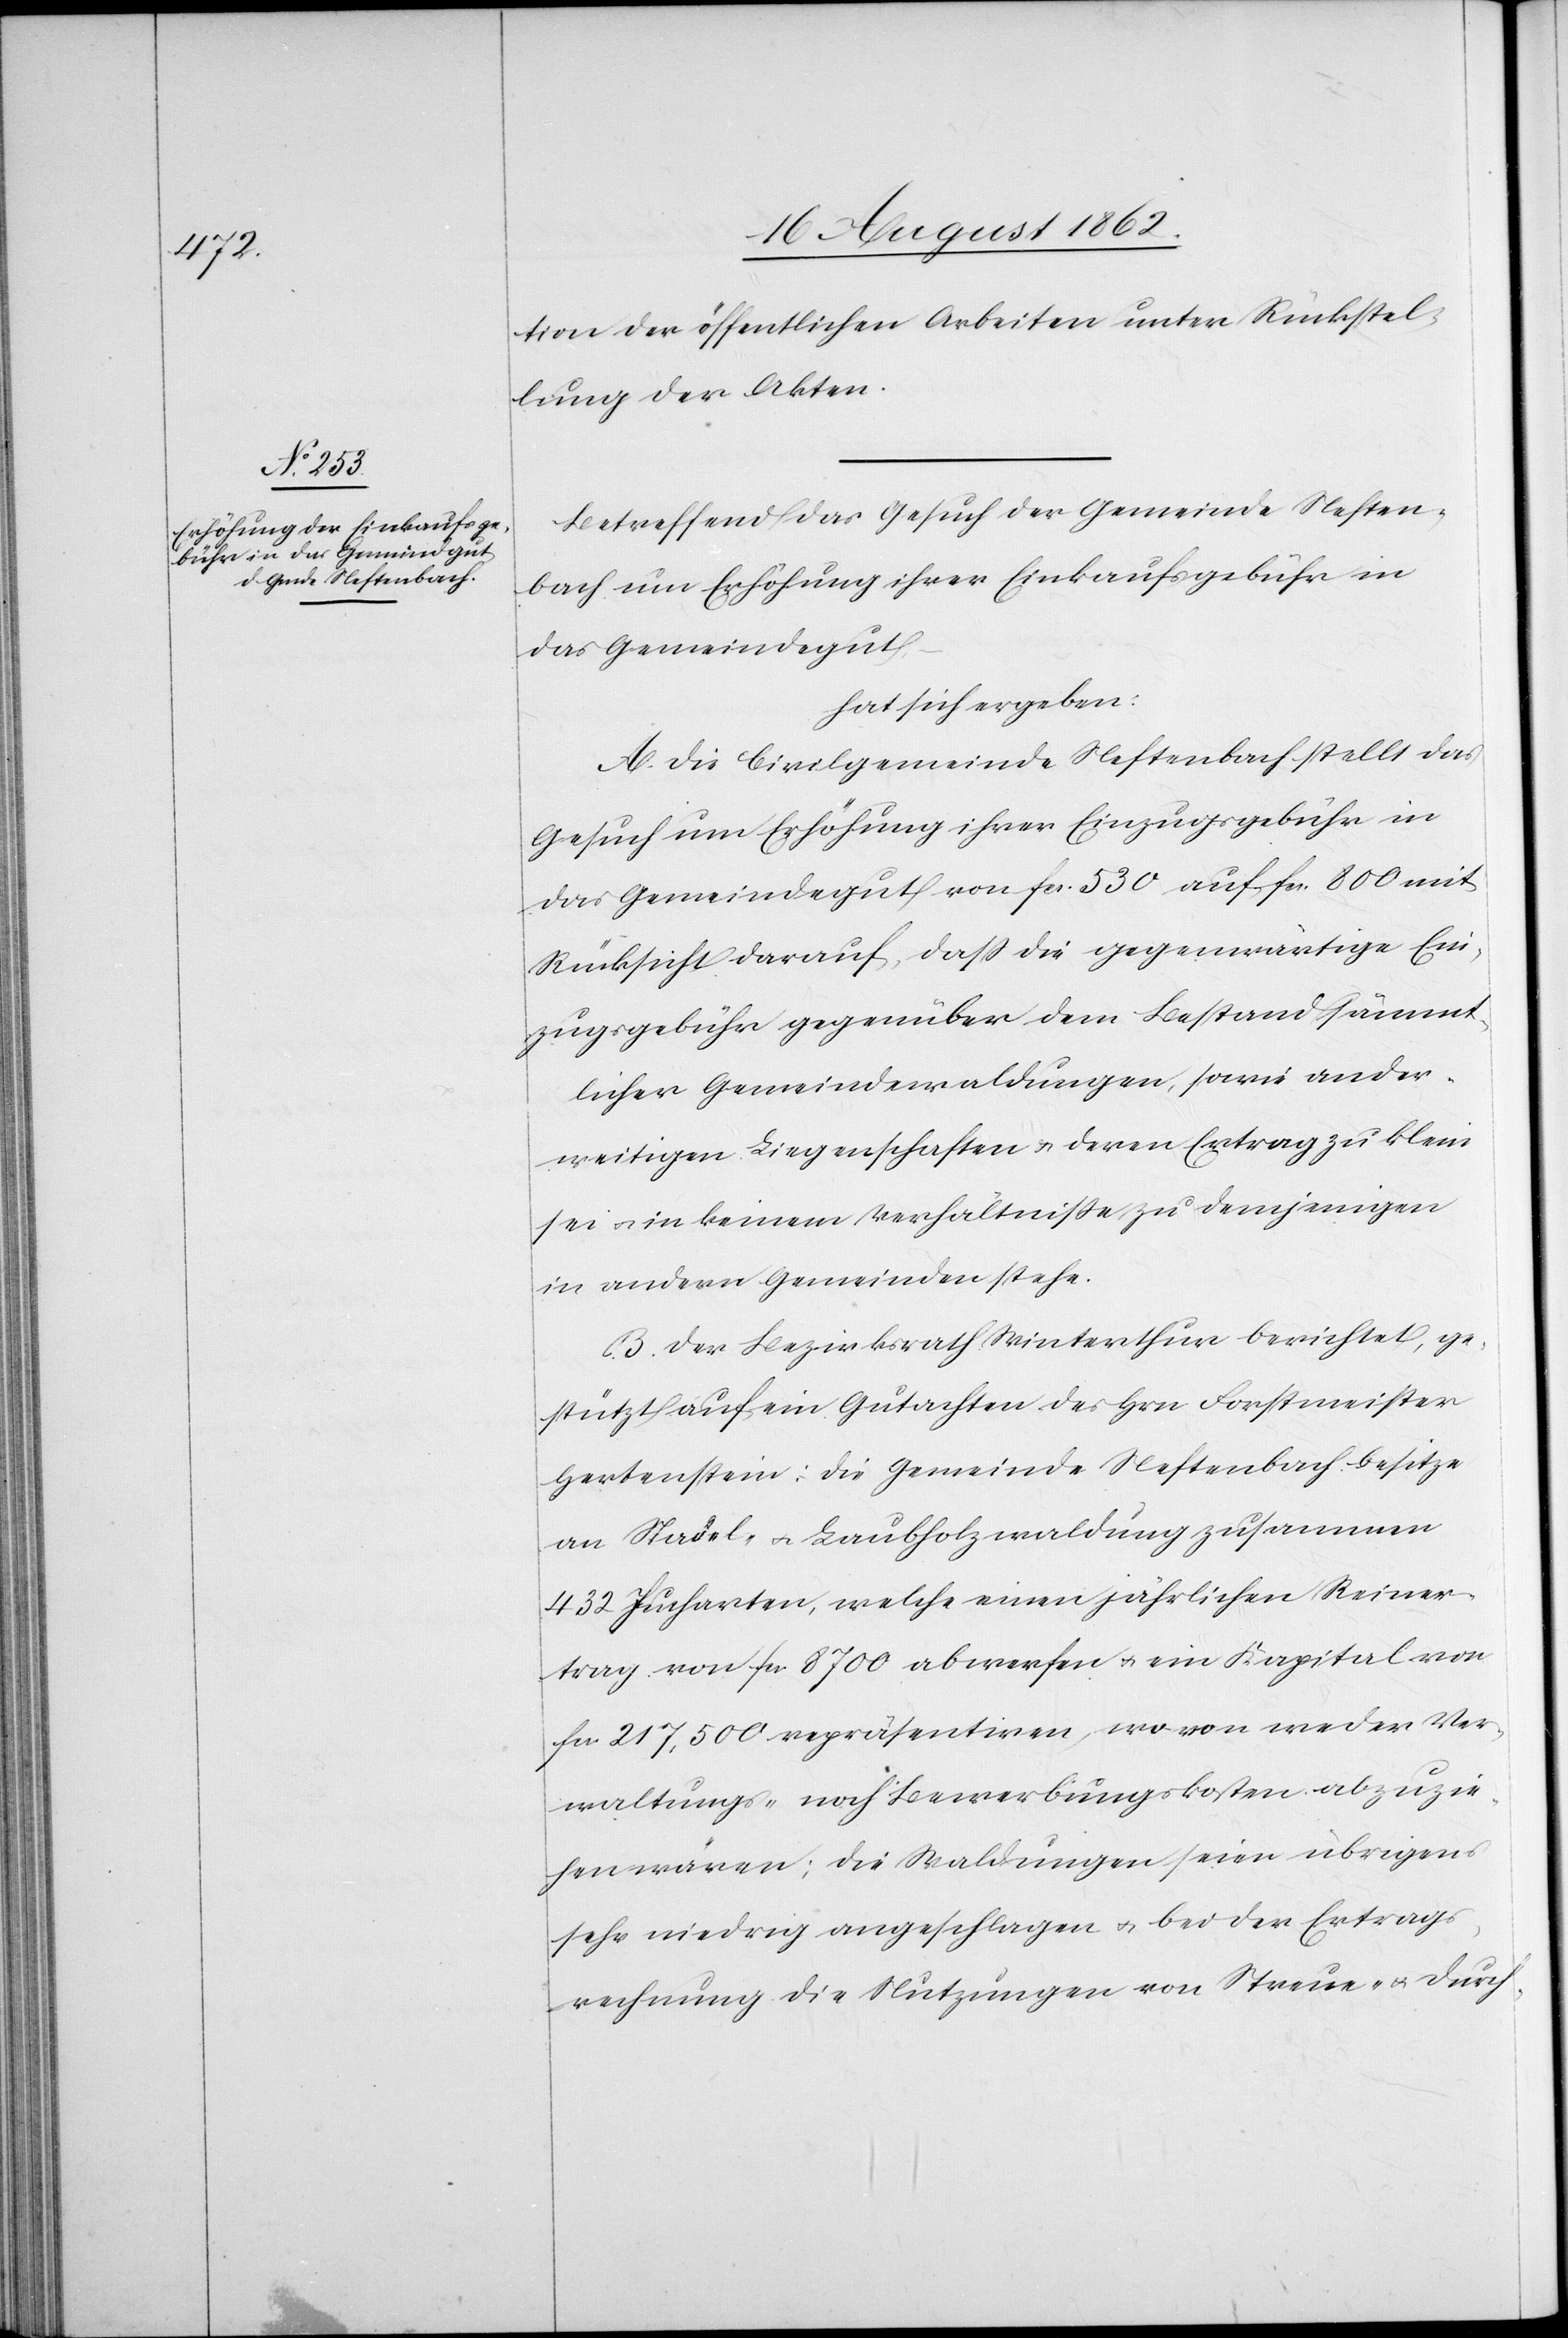
tion der öffentlichen Arbeiten unter Rückstel¬
lung der Akten.
Betreffend das Gesuch der Gemeinde Neften¬
bach um Erhöhung ihrer Einkaufsgebühr in
das Gemeindegut
hat sich ergeben:
A. Die Civilgemeinde Neftenbach stellt das
Gesuch um Erhöhung ihrer Einzugsgebühr in
das Gemeindegut von fcs. 530 auf fcs. 800 mit
Rücksicht darauf, daß die gegenwärtige Ein¬
zugsgebühr gegenüber dem Bestand sämmt¬
licher Gemeindewaldungen, sowie ander¬
weitigen Liegenschaften u. deren Ertrag zu klein
sei u. in keinem Verhältniße zu demjenigen
in andern Gemeinden stehe.
B. Der Bezirksrath Winterthur berichtet, ge¬
stützt auf ein Gutachten des Hrn. Forstmeister
Hertenstein: Die Gemeinde Neftenbach besitze
an Nadel- u. Laubholzwaldung zusammen
432 Jucharten, welche einen jährlichen Reiner¬
trag von fcs. 8700 abwerfen u. ein Kapital von
fcs. 217,500 repräsentiren, wo von weder Ver¬
waltungs- noch Bewerbungskosten abzuzie¬
hen wären; die Waldungen seien übrigens
sehr niedrig angeschlagen u. bei der Ertrags¬
rechnung die Nutzungen von Streue- u. Durch-